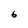
Character: 6